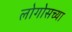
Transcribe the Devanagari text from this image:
लोगोसच्या